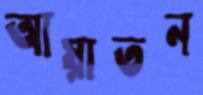
আয়াতন